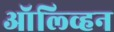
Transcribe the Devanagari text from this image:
ऑल्व्हिन